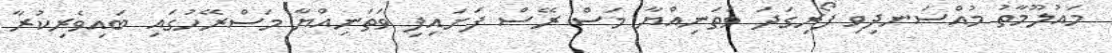
މައުލޫމާތު މުއްސަނދިވި ފޯރިގަދަ ވަތަނިއްޔާ މަސް ރޭސް ފަށައިފި ވަތަނިއްޔާ މަސްރޭހުގައި ބައިވެރިކުރާ